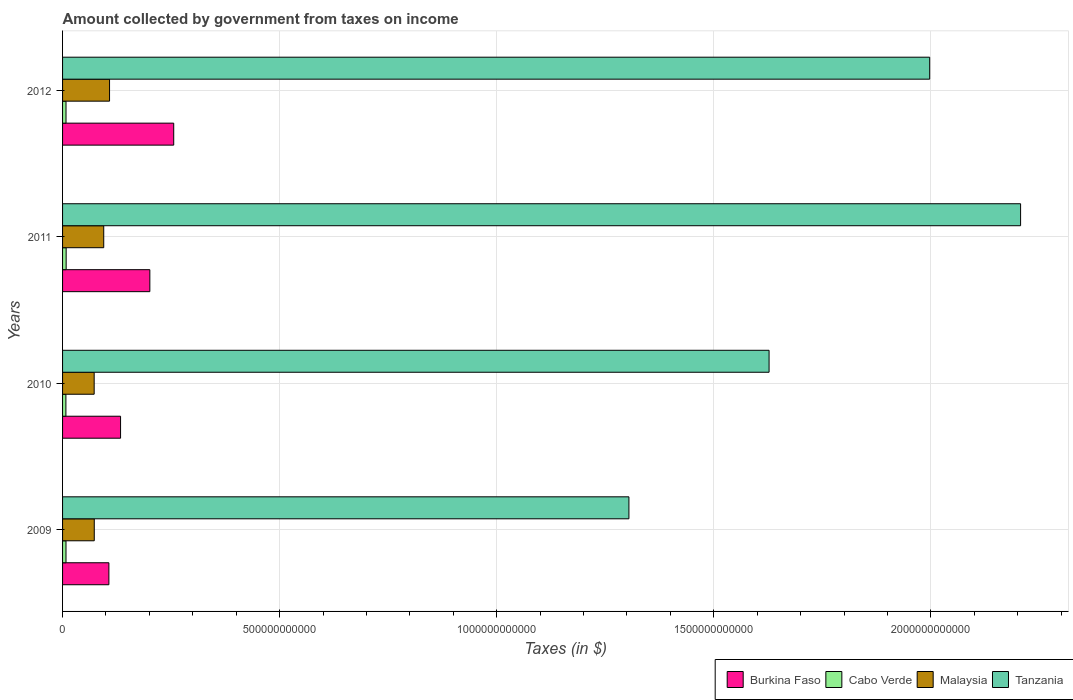
| Years | Burkina Faso | Cabo Verde | Malaysia | Tanzania |
 | --- | --- | --- | --- | --- |
 | 2009 | 1.07e+11 | 7.91e+09 | 7.3e+10 | 1.3e+12 |
 | 2010 | 1.34e+11 | 7.7e+09 | 7.28e+10 | 1.63e+12 |
 | 2011 | 2.01e+11 | 8.28e+09 | 9.48e+10 | 2.21e+12 |
 | 2012 | 2.56e+11 | 7.94e+09 | 1.08e+11 | 2e+12 |